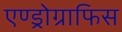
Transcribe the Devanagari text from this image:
एण्ड्रोग्राफिस